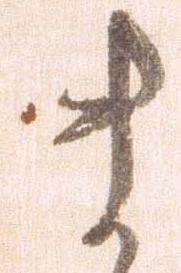
ま